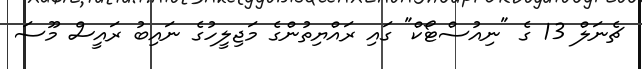
ޗެނަލް 13 ގެ "ނިއުސްޓޯކް" ގައި ރައްޔިތުންގެ މަޖިލީހުގެ ނައިބު ރައީސް މޫސަ